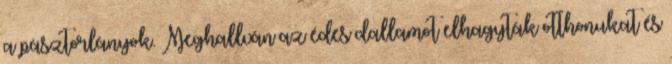
a pásztorlányok. Meghallván az édes dallamot elhagyták otthonukat és